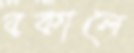
বকালে